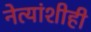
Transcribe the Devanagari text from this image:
नेत्यांशीही